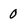
Character: 0